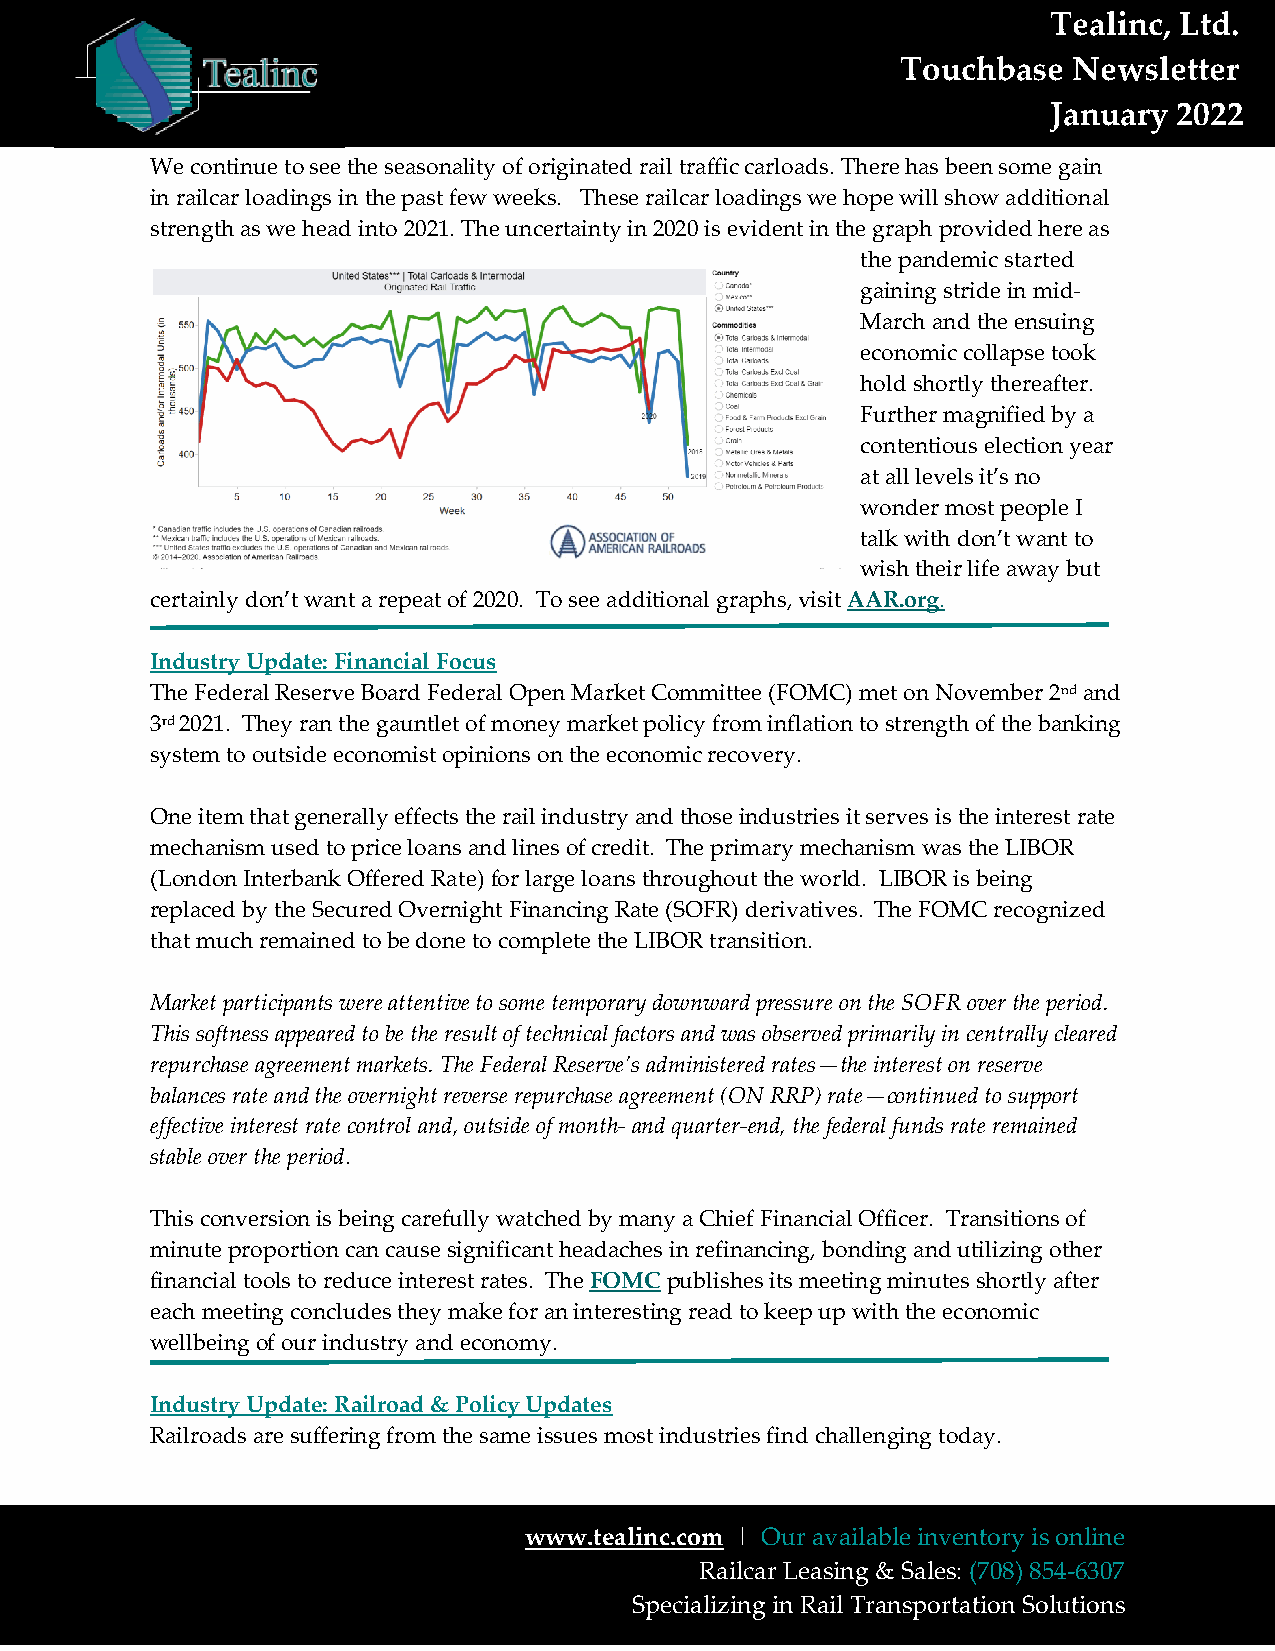
Tealinc, Ltd.
 Tealinc Touchbase Newsletter        Touchbase  Newsletter
 January 2021
 January 2022
 We continue to see the seasonality of originated rail traffic carloads. There has been some gain
 in railcar loadings in the past few weeks. These railcar loadings we hope will show additional
 strength as we head into 2021. The uncertainty in 2020 is evident in the graph provided here as
 the pandemic started
 gaining stride in mid-
 March and the ensuing
 economic collapse took
 hold shortly thereafter.
 Further magnified by a
 contentious election year
 at all levels it’s no
 wonder most people I
 talk with don’t want to
 wish their life away but
 certainly don’t want a repeat of 2020. To see additional graphs, visit AAR.org.
 Industry Update: Financial Focus
 The Federal Reserve Board Federal Open Market Committee (FOMC) met on November 2nd and
 3rd 2021. They ran the gauntlet of money market policy from inflation to strength of the banking
 system to outside economist opinions on the economic recovery.
 One item that generally effects the rail industry and those industries it serves is the interest rate
 mechanism used to price loans and lines of credit. The primary mechanism was the LIBOR
 (London Interbank Offered Rate) for large loans throughout the world. LIBOR is being
 replaced by the Secured Overnight Financing Rate (SOFR) derivatives. The FOMC recognized
 that much remained to be done to complete the LIBOR transition.
 Market participants were attentive to some temporary downward pressure on the SOFR over the period.
 This softness appeared to be the result of technical factors and was observed primarily in centrally cleared
 repurchase agreement markets. The Federal Reserve’s administered rates—the interest on reserve
 balances rate and the overnight reverse repurchase agreement (ON RRP) rate—continued to support
 effective interest rate control and, outside of month- and quarter-end, the federal funds rate remained
 stable over the period.
 This conversion is being carefully watched by many a Chief Financial Officer. Transitions of
 minute proportion can cause significant headaches in refinancing, bonding and utilizing other
 financial tools to reduce interest rates. The FOMC publishes its meeting minutes shortly after
 each meeting concludes they make for an interesting read to keep up with the economic
 wellbeing of our industry and economy.
 Industry Update: Railroad & Policy Updates
 Railroads are suffering from the same issues most industries find challenging today.
 www.tealinc.com | Our available inventory is online
 Railcar Leasing & Sales: (708) 854-6307
 Specializing in Rail Transportation Solutions